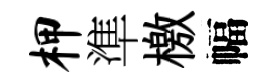
柙準檄幅